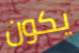
يكون